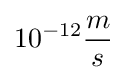
10^{-12}{\frac {m}{s}}